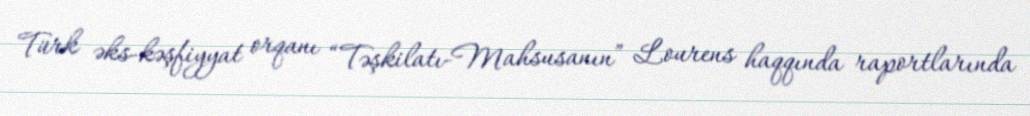
Türk əks-kəşfiyyat orqanı “Təşkilatı-Mahsusanın” Lourens haqqında raportlarında